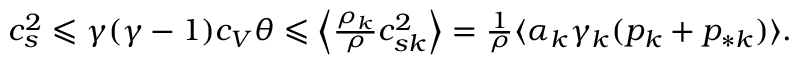
\begin{array} { r } { c _ { s } ^ { 2 } \leqslant \gamma ( \gamma - 1 ) c _ { V } \theta \leqslant \Big \langle \frac { \rho _ { k } } { \rho } c _ { s k } ^ { 2 } \Big \rangle = \frac { 1 } { \rho } \langle \alpha _ { k } \gamma _ { k } ( p _ { k } + p _ { * k } ) \rangle . } \end{array}